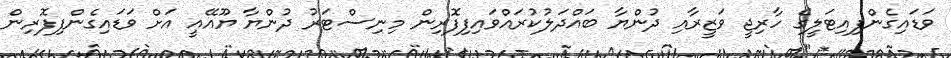
ވަޑައިގެންފިއިޓަލީގެ ހާރިޖީ ވަޒީރާއި ދުންޔާ ބައްދަލުކުރައްވައިފިފޮރިން މިނިސްޓަރު ދުންޔާ ޔޫއޭއީ އަށް ވަޑައިގެންފިފޮރިން